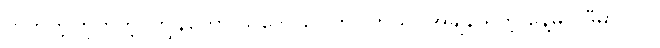
ဟုတ်ကဲ့၊ဟုတ်ကဲ့၊ ကျွန်တော် သဘောပေါက်ပါတယ်။ အချိန် ရတဲ့ နေ့မှပဲ ဒီမှာ လာ